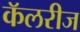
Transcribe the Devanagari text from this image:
कॅलरीज